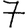
Digit: 7